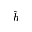
\widehat { h }